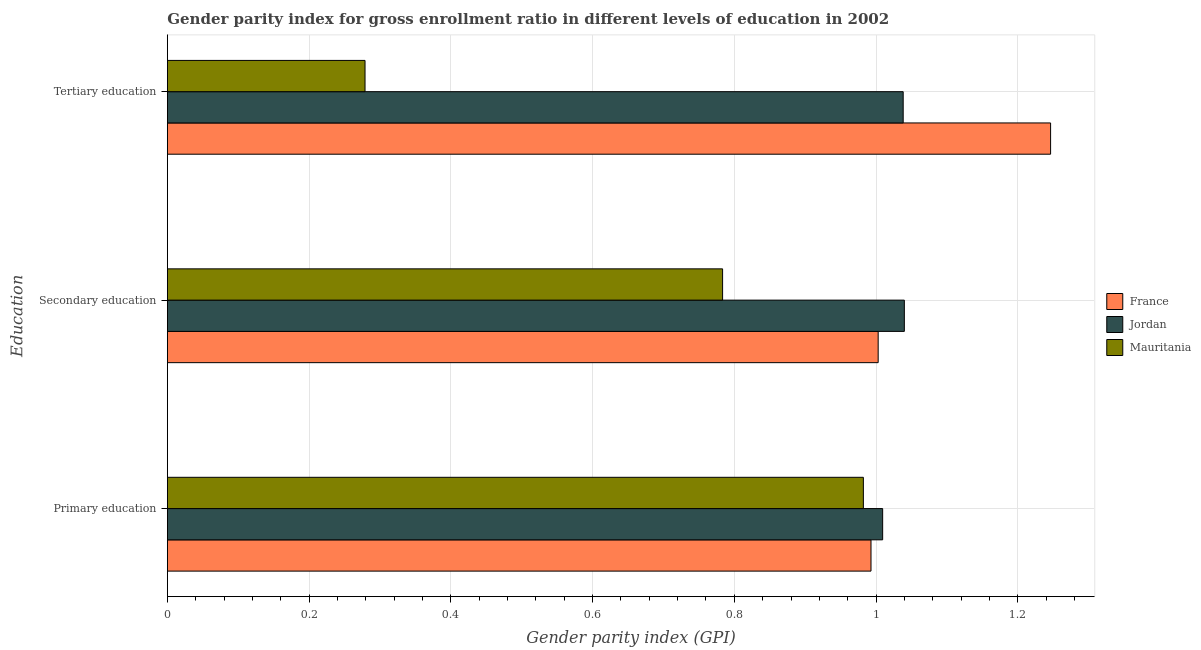
| Education | France | Jordan | Mauritania |
 | --- | --- | --- | --- |
 | Primary education | 0.993 | 1.01 | 0.982 |
 | Secondary education | 1 | 1.04 | 0.783 |
 | Tertiary education | 1.25 | 1.04 | 0.279 |